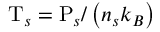
\mathrm { T } _ { s } = \mathrm { P } _ { s } / \left( n _ { s } k _ { B } \right)